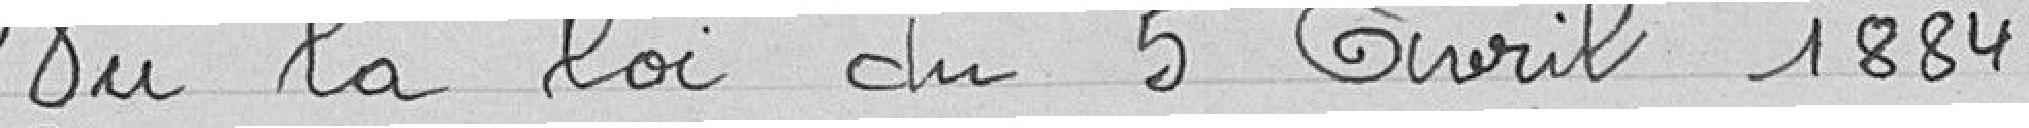
Vu la loi du 5 Avril 1884.